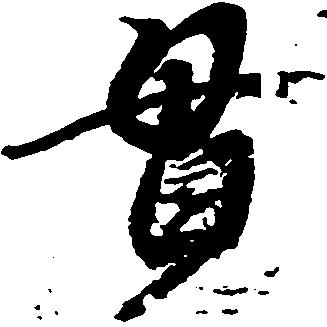
貫